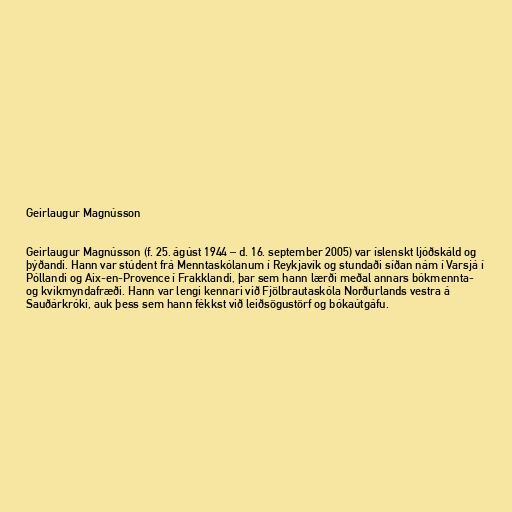
Geirlaugur Magnússon

Geirlaugur Magnússon (f. 25. ágúst 1944 – d. 16. september 2005) var íslenskt ljóðskáld og
þýðandi. Hann var stúdent frá Menntaskólanum í Reykjavík og stundaði síðan nám í Varsjá í
Póllandi og Aix-en-Provence í Frakklandi, þar sem hann lærði meðal annars bókmennta-
og kvikmyndafræði. Hann var lengi kennari við Fjölbrautaskóla Norðurlands vestra á
Sauðárkróki, auk þess sem hann fékkst við leiðsögustörf og bókaútgáfu.